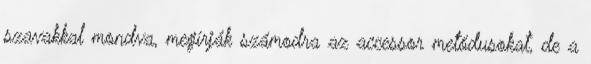
szavakkal mondva, megírják számodra az accessor metódusokat, de a